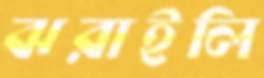
ঝরাইলি